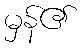
မှန်၏